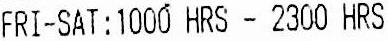
FRI-SAT:1000 HRS - 2300 HRS